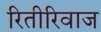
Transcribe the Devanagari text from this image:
रितीरिवाज